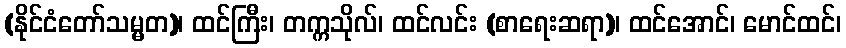
(နိုင်ငံတော်သမ္မတ)၊ ထင်ကြီး၊ တက္ကသိုလ်၊ ထင်လင်း (စာရေးဆရာ)၊ ထင်အောင်၊ မောင်ထင်၊